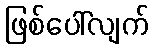
ဖြစ်ပေါ်လျက်